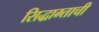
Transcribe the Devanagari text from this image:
सिद्धाम्ताची